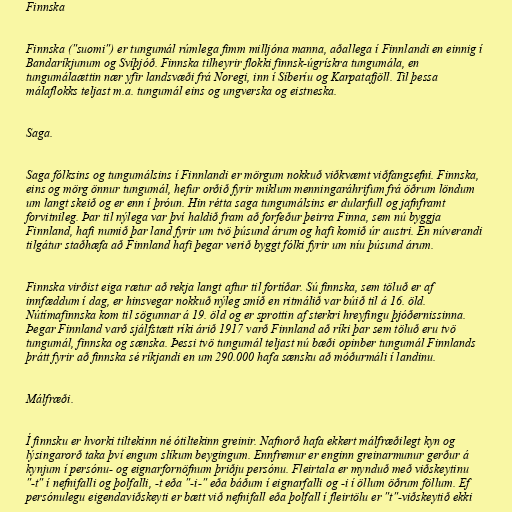
Finnska

Finnska ("suomi") er tungumál rúmlega fimm milljóna manna, aðallega í Finnlandi en einnig í
Bandaríkjunum og Svíþjóð. Finnska tilheyrir flokki finnsk-úgrískra tungumála, en
tungumálaættin nær yfir landsvæði frá Noregi, inn í Síberíu og Karpatafjöll. Til þessa
málaflokks teljast m.a. tungumál eins og ungverska og eistneska.

Saga.

Saga fólksins og tungumálsins í Finnlandi er mörgum nokkuð viðkvæmt viðfangsefni. Finnska,
eins og mörg önnur tungumál, hefur orðið fyrir miklum menningaráhrifum frá öðrum löndum
um langt skeið og er enn í þróun. Hin rétta saga tungumálsins er dularfull og jafnframt
forvitnileg. Þar til nýlega var því haldið fram að forfeður þeirra Finna, sem nú byggja
Finnland, hafi numið þar land fyrir um tvö þúsund árum og hafi komið úr austri. En núverandi
tilgátur staðhæfa að Finnland hafi þegar verið byggt fólki fyrir um níu þúsund árum.

Finnska virðist eiga rætur að rekja langt aftur til fortíðar. Sú finnska, sem töluð er af
innfæddum í dag, er hinsvegar nokkuð nýleg smíð en ritmálið var búið til á 16. öld.
Nútímafinnska kom til sögunnar á 19. öld og er sprottin af sterkri hreyfingu þjóðernissinna.
Þegar Finnland varð sjálfstætt ríki árið 1917 varð Finnland að ríki þar sem töluð eru tvö
tungumál, finnska og sænska. Þessi tvö tungumál teljast nú bæði opinber tungumál Finnlands
þrátt fyrir að finnska sé ríkjandi en um 290.000 hafa sænsku að móðurmáli í landinu.

Málfræði.

Í finnsku er hvorki tiltekinn né ótiltekinn greinir. Nafnorð hafa ekkert málfræðilegt kyn og
lýsingarorð taka því engum slíkum beygingum. Ennfremur er enginn greinarmunur gerður á
kynjum í persónu- og eignarfornöfnum þriðju persónu. Fleirtala er mynduð með viðskeytinu
"-t" í nefnifalli og þolfalli, -t eða "-i-" eða báðum í eignarfalli og -i í öllum öðrum föllum. Ef
persónulegu eigendaviðskeyti er bætt við nefnifall eða þolfall í fleirtölu er "t"-viðskeytið ekki